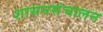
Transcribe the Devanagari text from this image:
शासनसंचालन